Annual report on the Civil Veterinary Department, Burma (including the Insein Veterinary School) - 1910-1922
Year: 1910
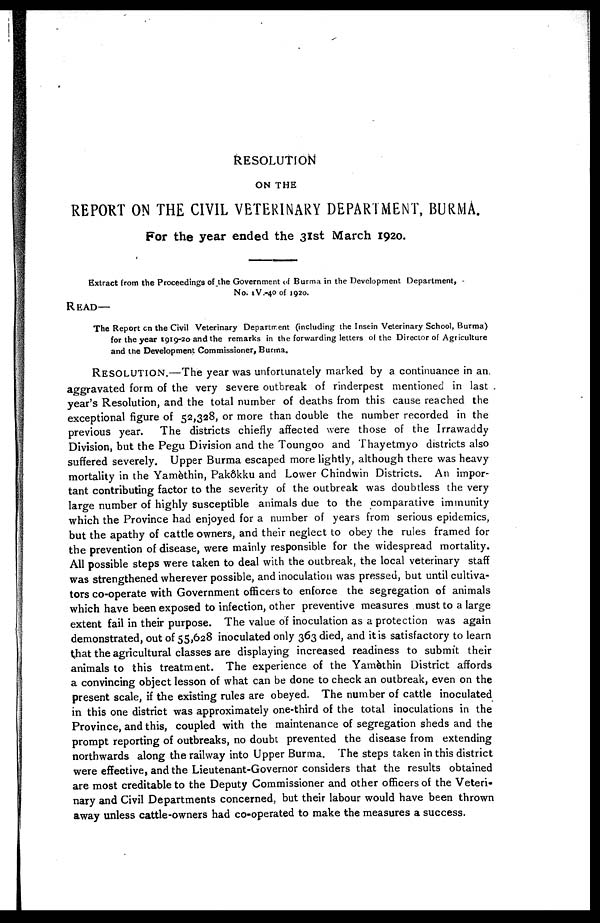
RESOLUTION
ON THE
REPORT ON THE CIVIL VETERINARY DEPARTMENT, BURMA.
For the year ended the 31STMarch 1920.
Extract from the Proceedings of the Government of Burma in the Development Department,
No. 1V.-40 of 1920.
Read—
The Report on the Civil Veterinary Department (including the Insein Veterinary School, Burma)
for the year 1919-20 and the remarks in the forwarding letters of the Director of Agriculture
and the Development Commissioner, Burma.
RESOLUTION.—The year was unfortunately marked by a continuance in an
aggravated form of the very severe outbreak of rinderpest mentioned in last
year's Resolution, and the total number of deaths from this cause reached the
exceptional figure of 52,328, or more than double the number recorded in the
previous year. The districts chiefly affected were those of the Irrawaddy
Division, but the Pegu Division and the Toungoo and Thayetmyo districts also
suffered severely. Upper Burma escaped more lightly, although there was heavy
mortality in the Yamèthin, Pakôkku and Lower Chindwin Districts. An impor-
tant contributing factor to the severity of the outbreak was doubtless the very
large number of highly susceptible animals due to the comparative immunity
which the Province had enjoyed for a number of years from serious epidemics,
but the apathy of cattle owners, and their neglect to obey the rules framed for
the prevention of disease, were mainly responsible for the widespread mortality.
All possible steps were taken to deal with the outbreak, the local veterinary staff
was strengthened wherever possible, and inoculation was pressed, but until cultiva-
tors co-operate with Government officers to enforce the segregation of animals
which have been exposed to infection, other preventive measures must to a large
extent fail in their purpose. The value of inoculation as a protection was again
demonstrated, out of 55,628 inoculated only 363 died, and it is satisfactory to learn
that the agricultural classes are displaying increased readiness to submit their
animals to this treatment. The experience of the Yamèthin District affords
a convincing object lesson of what can be done to check an outbreak, even on the
present scale, if the existing rules are obeyed. The number of cattle inoculated
in this one district was approximately one-third of the total inoculations in the
Province, and this, coupled with the maintenance of segregation sheds and the
prompt reporting of outbreaks, no doubt prevented the disease from extending
northwards along the railway into Upper Burma. The steps taken in this district
were effective, and the Lieutenant-Governor considers that the results obtained
are most creditable to the Deputy Commissioner and other officers of the Veteri-
nary and Civil Departments concerned, but their labour would have been thrown
away unless cattle-owners had co-operated to make the measures a success.